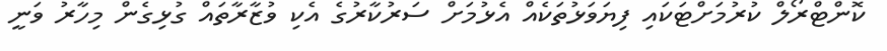
ކޮންޓްރޯލް ކުރުމަށްޓަކައި ފިޔަވަޅުތަކެއް އެޅުމަށް ސަރުކާރުގެ އެކި ވުޒާރާތައް ގުޅިގެން މިހާރު ވަނީ